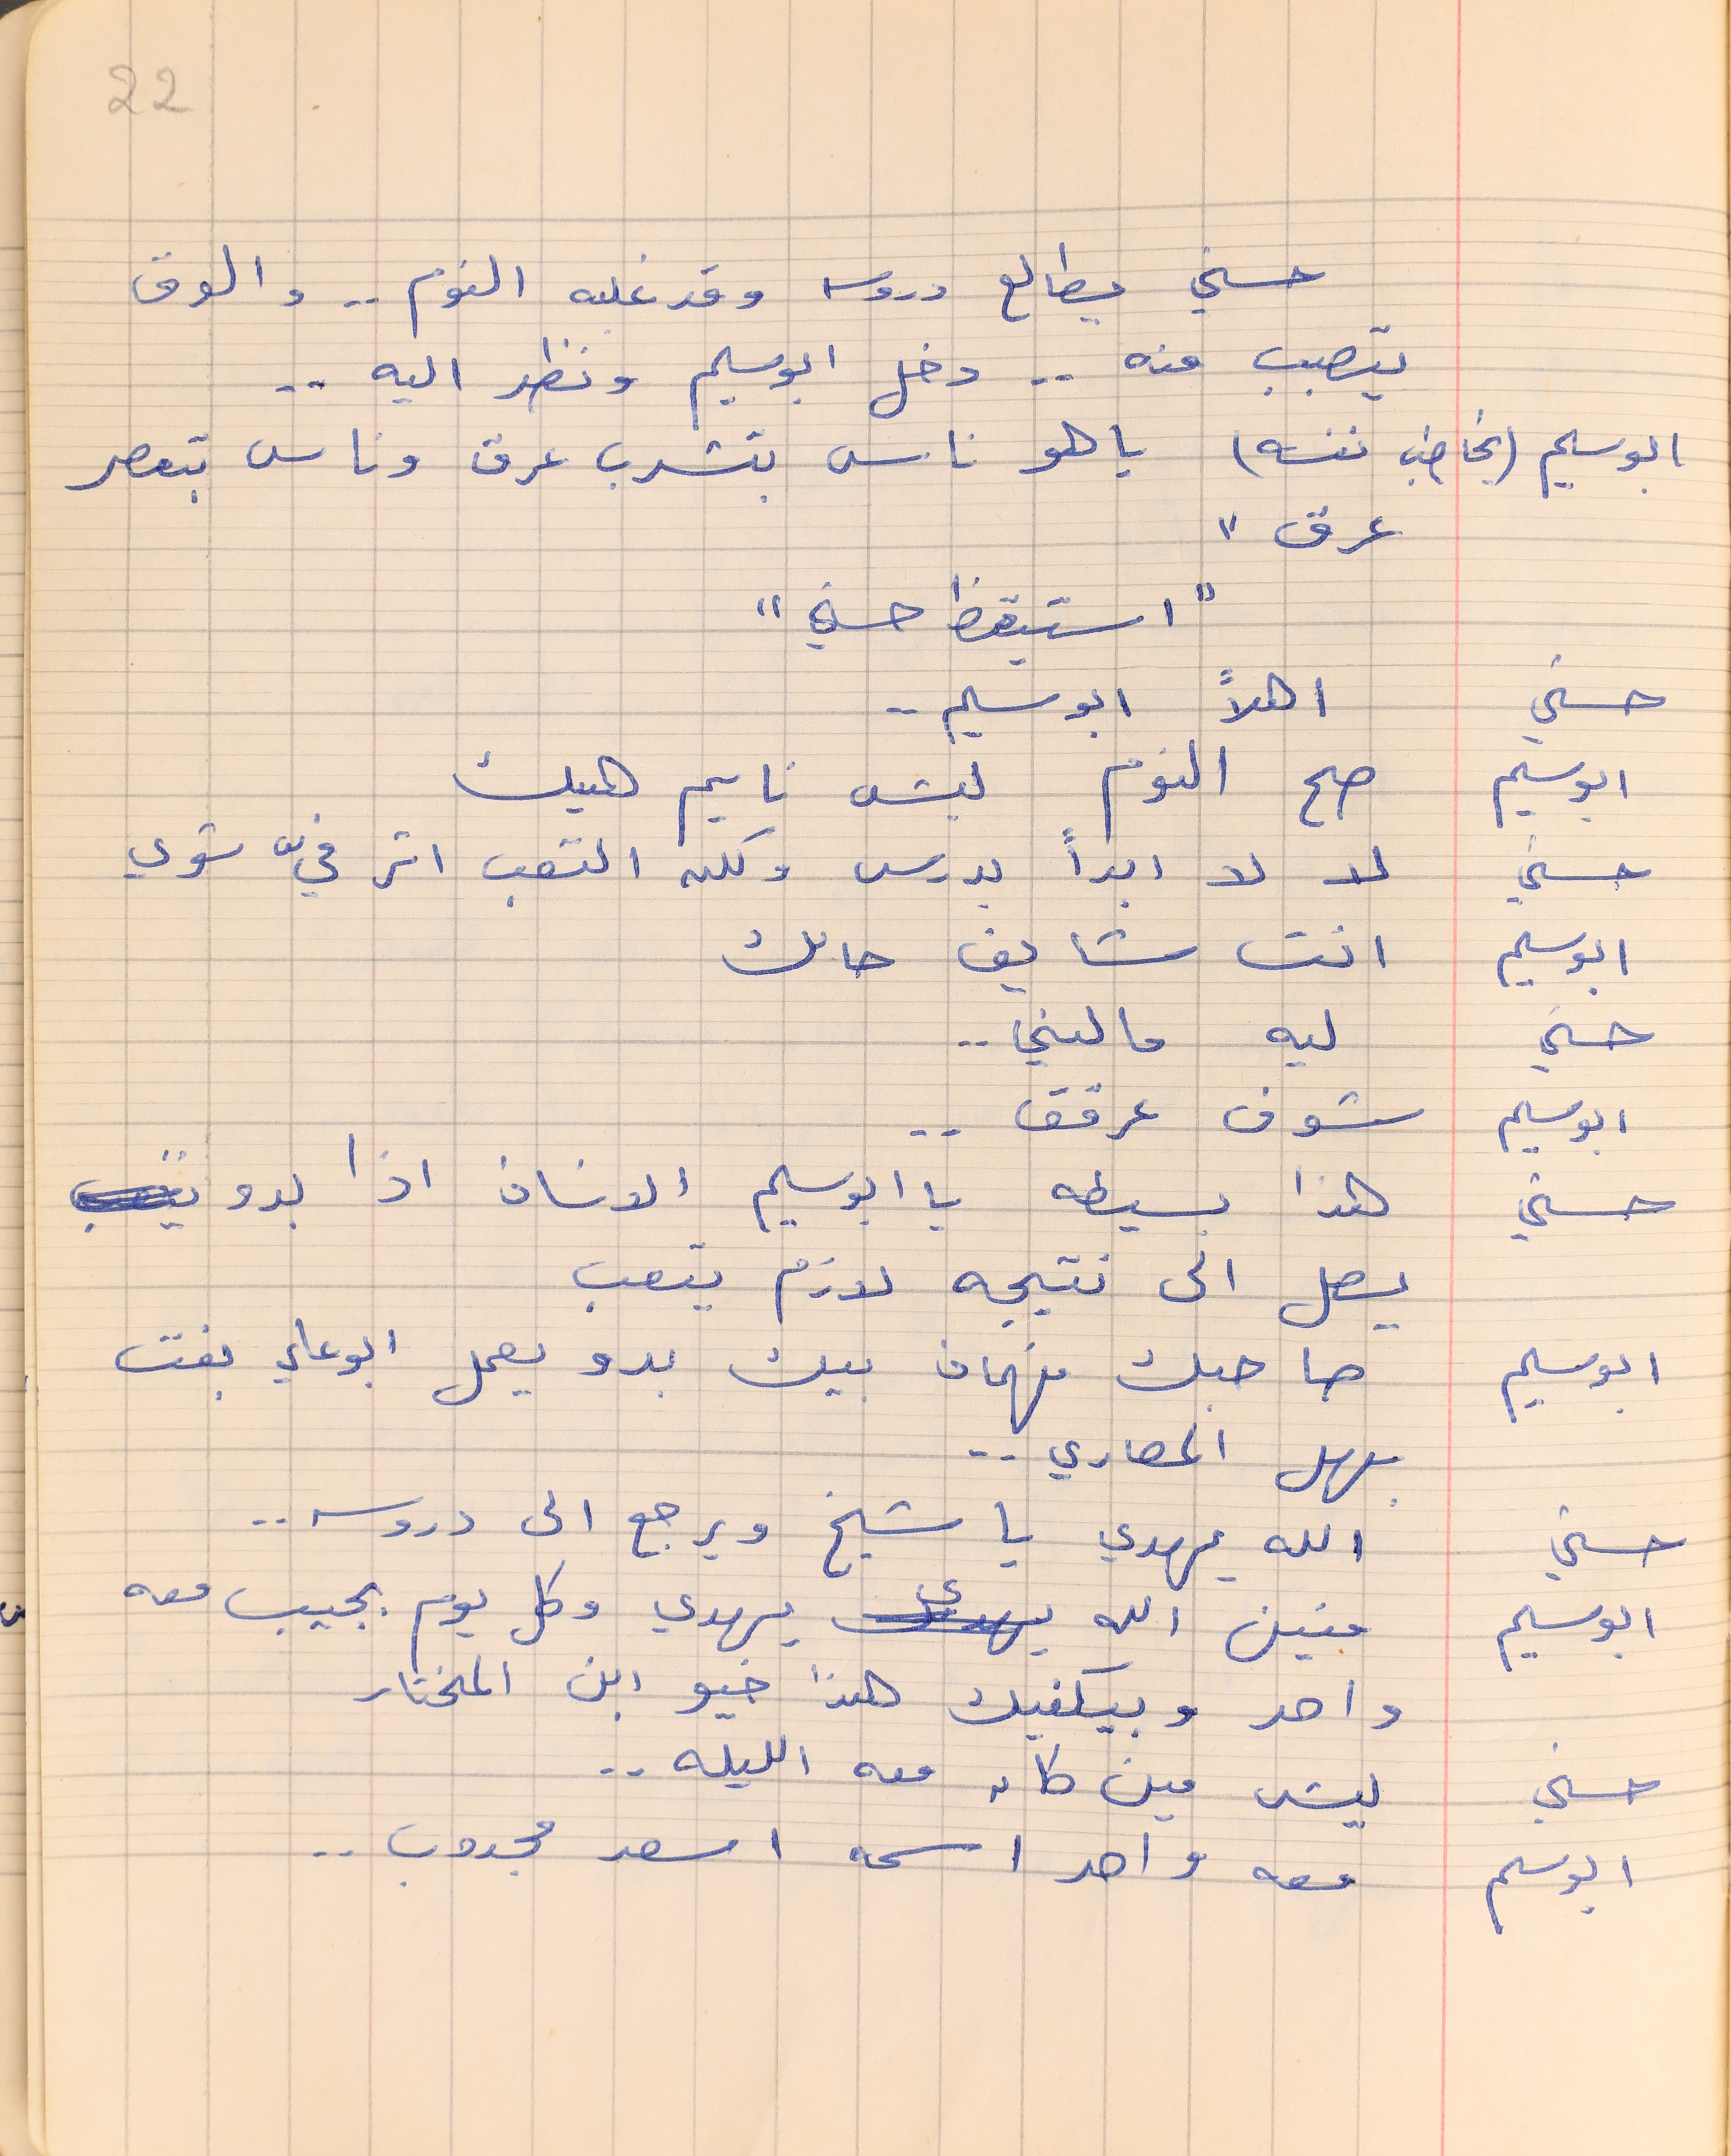
حسني    يطالع دروسه وقد غلبه النوم . . والعرق
يتصبب منه . دخل ابو سليم ونظر اليه . .
ابو سليم (يخاطب نفسه)      يا هو ناس بتشرب عرق وناس بتعصر
عرق"
"استيقظ حسني"
حسني    اهلاً ابو سليم . .
ابو سليم     صح النوم ليش نايم هيك
حسني       لا لا ابداً بدرس ولكن التعب اثر فيّ شوي
ابوسليم     انت شايف حالك
حسني       ليه مالني . .
ابوسليم     شوف عرقق  . .
حسني       هذا بسيطه يا ابو سليم الانسان اذا بدو
يصل الى نتيجه لازم يتعب
ابوسليم     صاحبك فهمان بيك بدو يعمل ابوعلي بفت
بهل المصاري  . .
حسني          الله يهدي يا شيخ ويرجع الى دروسه . .
ابو سليم     منين الله يهدي وكل يوم بجيب معه
واحد وبيكفيك هذا خيو ابن المختار
حسني        ليش مين كان معه الليله . .
ابو سليم      معه واحد اسمه اسعد مجدوب  . .
22